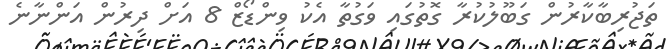
ތަޖުރިބާކާރުން ގަބޫލުކުރާ ގޮތުގައި ވަގުތާ އެކު ވިންޑޯޒް 8 އަށް ދިރުން އަންނާނެ